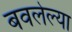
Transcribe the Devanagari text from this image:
बवलेल्या